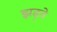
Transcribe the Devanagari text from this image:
झड़्ते